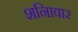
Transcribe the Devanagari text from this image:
शनिावार